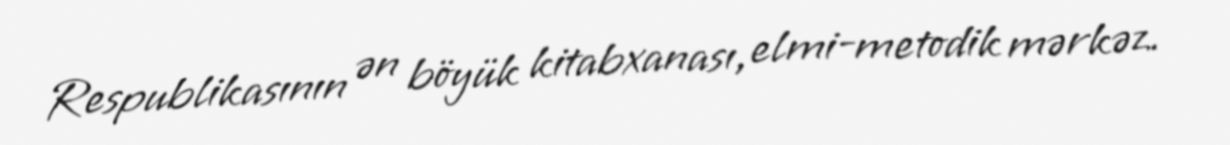
Respublikasının ən böyük kitabxanası, elmi-metodik mərkəz.